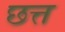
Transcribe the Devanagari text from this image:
छत्त